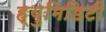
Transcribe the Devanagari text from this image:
ह्युमिडिटी